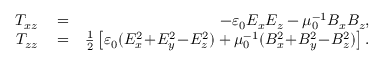
\begin{array} { r l r } { T _ { x z } } & { { } = } & { - \varepsilon _ { 0 } E _ { x } E _ { z } - \mu _ { 0 } ^ { - 1 } B _ { x } B _ { z } , } \\ { T _ { z z } } & { { } = } & { \frac { 1 } { 2 } \left[ \varepsilon _ { 0 } ( E _ { x } ^ { 2 } \! + \! E _ { y } ^ { 2 } \! - \! E _ { z } ^ { 2 } ) + \mu _ { 0 } ^ { - 1 } ( B _ { x } ^ { 2 } \! + \! B _ { y } ^ { 2 } \! - \! B _ { z } ^ { 2 } ) \right] . } \end{array}